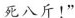
死八斤!”